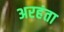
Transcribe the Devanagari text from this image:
अरहंता